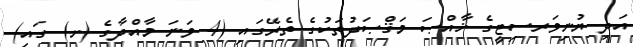
އަދި ޔުނިވަރސިޓީގެ ޚާއްޞަ މަޤްޞަދުތަކުގެ ތެރޭގައި (4 ވަނަ މާއްދާގެ (ށ) ގައި)